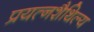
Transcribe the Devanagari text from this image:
प्रयत्नशैथिल्य